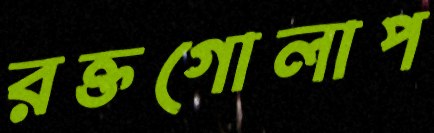
রক্তগোলাপ